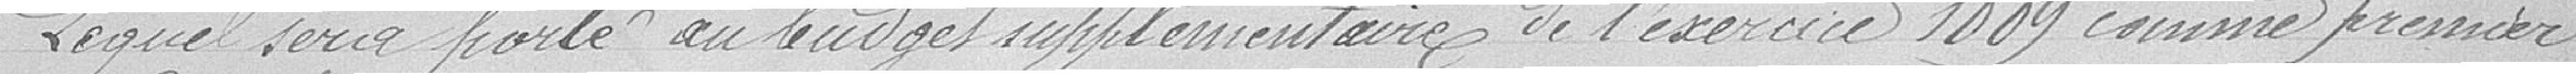
Lequel sera porté aux budgets supplémentaires de l'exercice 1889 comme premier